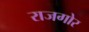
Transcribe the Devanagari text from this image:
राजगोर